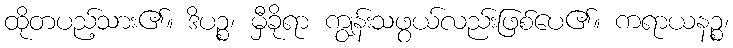
ထိုတပည့်သား၏။ ဒိပဉ္စ၊ မှီခိုရာ ကျွန်းသဖွယ်လည်းဖြစ်ပေ၏။ ကရာယနဉ္စ၊